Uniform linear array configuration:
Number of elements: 24
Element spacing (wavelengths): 0.25
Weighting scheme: exponential
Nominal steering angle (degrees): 45
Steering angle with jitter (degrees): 43.063
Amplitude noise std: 0.05
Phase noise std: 0.05

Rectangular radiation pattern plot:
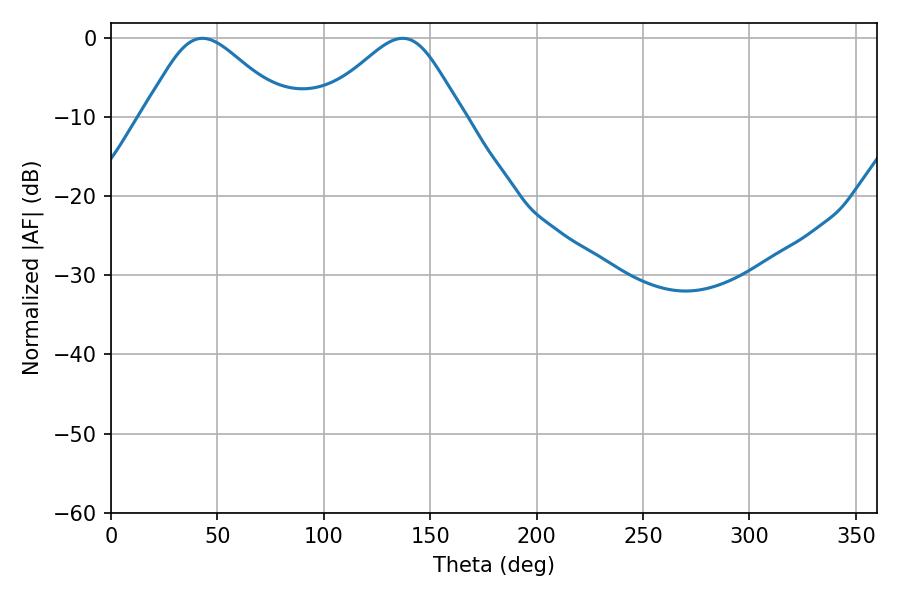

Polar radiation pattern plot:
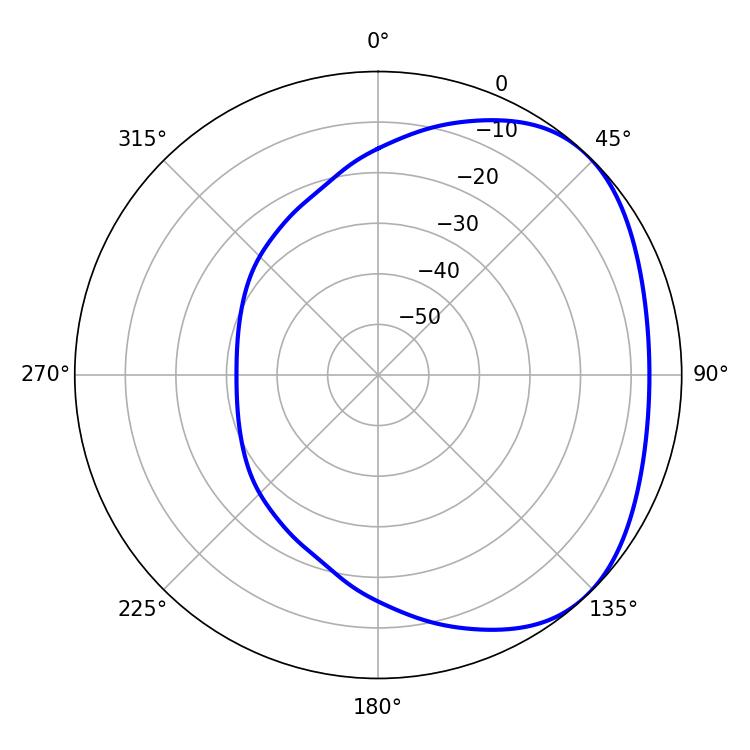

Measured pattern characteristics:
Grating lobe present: FALSE
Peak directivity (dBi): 3.071
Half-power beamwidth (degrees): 33.3
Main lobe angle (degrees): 43.02